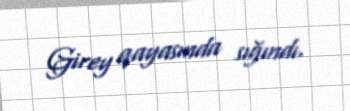
Girey qayasında sığındı.